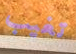
تغيب